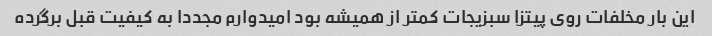
این بار مخلفات روی پیتزا سبزیجات کمتر از همیشه بود امیدوارم مجددا به کیفیت قبل برگرده